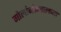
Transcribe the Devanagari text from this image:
गोलांभोवतालच्या